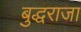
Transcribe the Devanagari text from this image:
बुद्धराजा